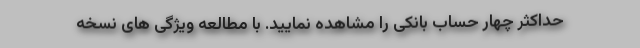
حداکثر چهار حساب بانکی را مشاهده نمایید. با مطالعه ویژگی های نسخه